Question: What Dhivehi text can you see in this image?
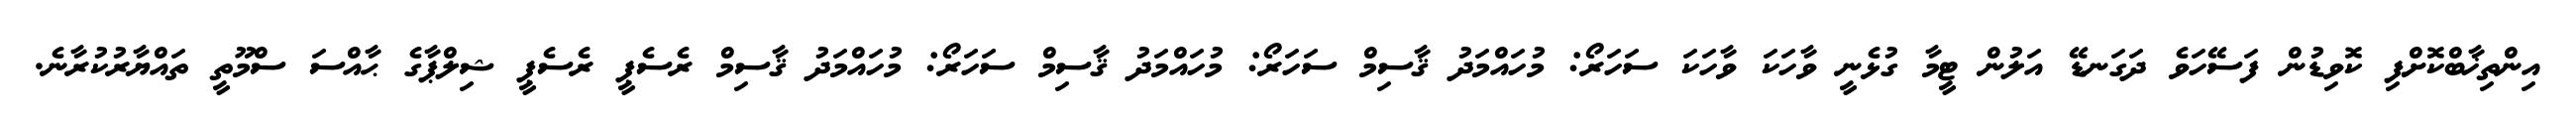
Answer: އިންތިޚާބްކޮށްފި ކޮވިޑުން ފަސޭހަވެ ދަގަނޑޭ އަލުން ޓީމާ ގުޅެނީ ވާހަކަ ވާހަކަ ސަހަރޯ: މުހައްމަދު ޤާސިމް ސަހަރޯ: މުހައްމަދު ޤާސިމް ސަހަރޯ: މުހައްމަދު ޤާސިމް ރެސެޕީ ރެސެޕީ ޝިލްޕާގެ ޙާއްސަ ސްމޫތީ ތައްޔާރުކުރާނެ.